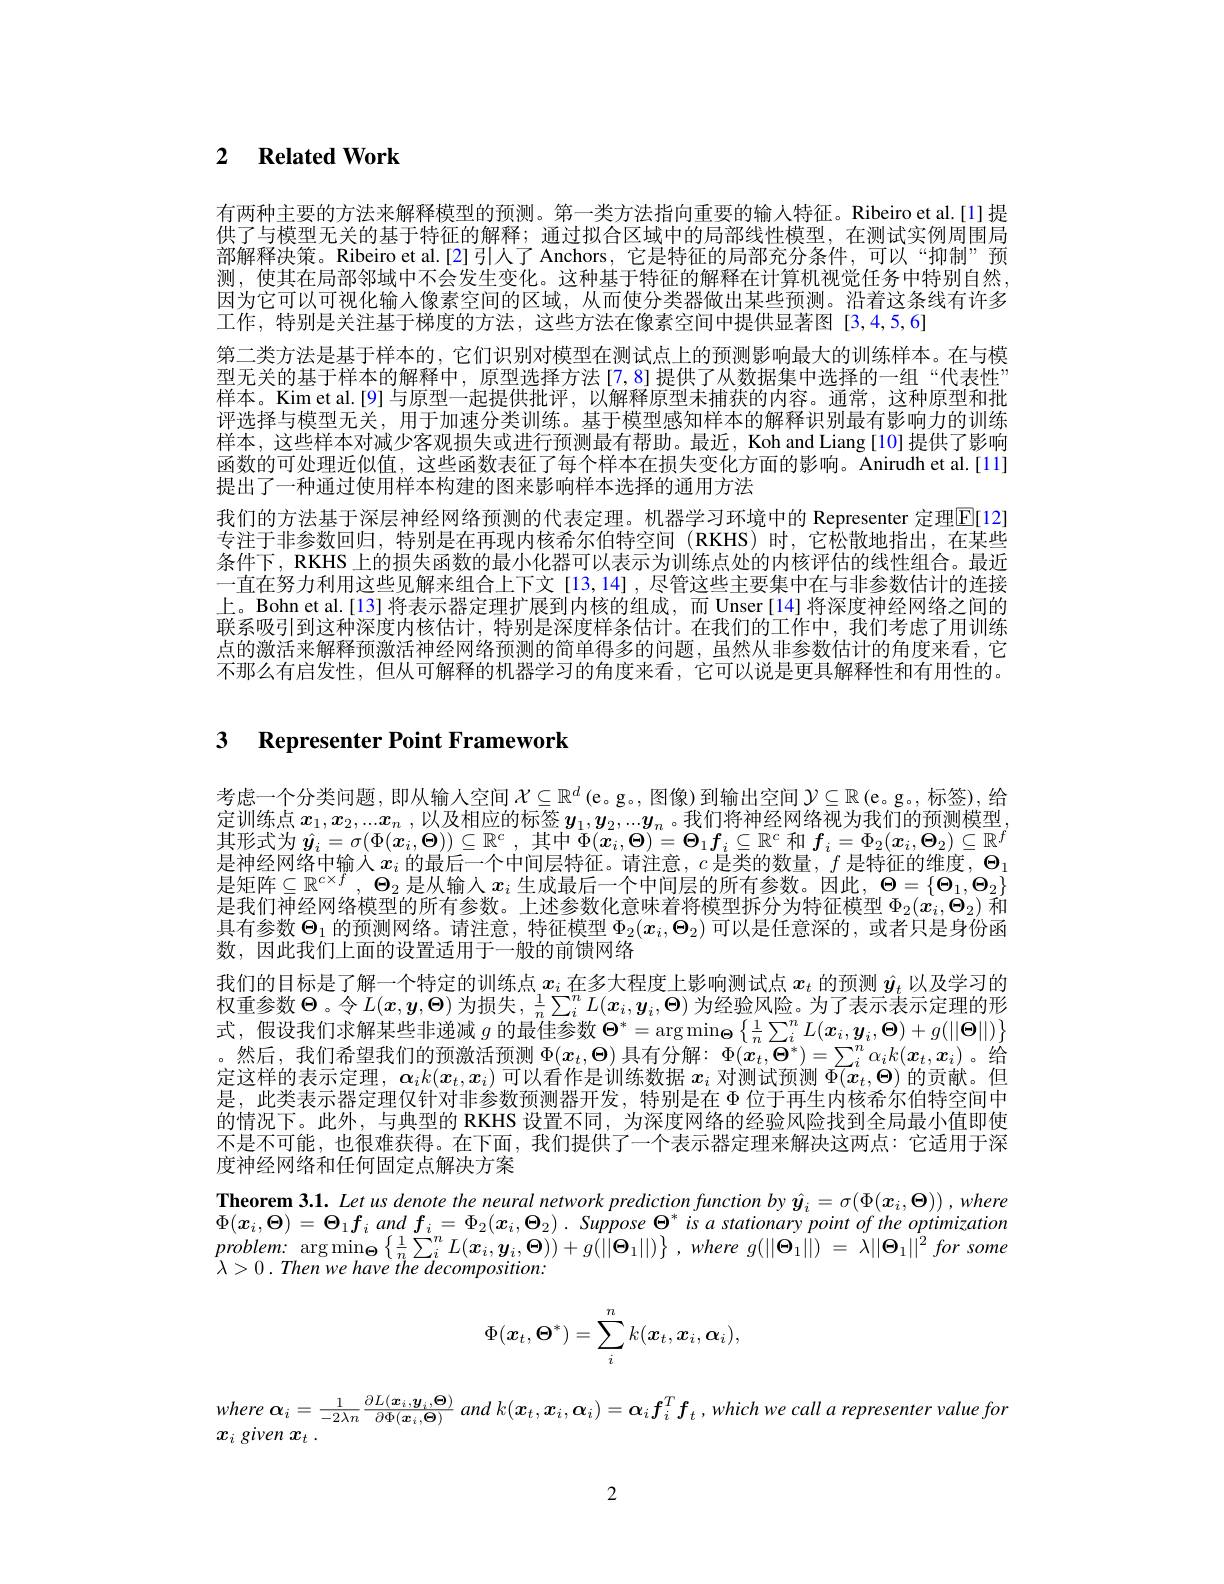
## 2 $\textbf{Related Work}$

有两种主要的方法来解释模型的预测。第一类方法指向重要的输人特征。Ribeiro et al.[1] 提供了与模型无关的基于特征的解释；通过拟合区域中的局部线性模型，在测试实例周围局部解释决策。Ribeiro et al.[2] 引人了 Anchors, 它是特征的局部充分条件，可以“抑制”预测，使其在局部邻域中不会发生变化。这种基于特征的解释在计算机视觉任务中特别自然， 因为它可以可视化输人像素空间的区域，从而使分类器做出某些预测。沿着这条线有许多工作，特别是关注基于梯度的方法，这些方法在像素空间中提供显著图[3,4,5,6]
第二类方法是基于样本的，它们识别对模型在测试点上的预测影响最大的训练样本。在与模型无关的基于样本的解释中，原型选择方法[7,8]提供了从数据集中选择的一组“代表性” 样本。Kim et al.[9] 与原型一起提供批评，以解释原型未捕获的内容。通常，这种原型和批评选择与模型无关，用于加速分类训练。基于模型感知样本的解释识别最有影响力的训练样本，这些样本对减少客观损失或进行预测最有帮助。最近，Koh and Liang [10]提供了影响函数的可处理近似值，这些函数表征了每个样本在损失变化方面的影响。Anirudh et al.[11] 提出了一种通过使用样本构建的图来影响样本选择的通用方法
我们的方法基于深层神经网络预测的代表定理。机器学习环境中的 Representer 定理$\boxed{\mathrm{E}}[12]$ 专注于非参数回归，特别是在再现内核希尔伯特空间(RKHS)时，它松散地指出，在某些条件下，RKHS 上的损失函数的最小化器可以表示为训练点处的内核评估的线性组合。最近一直在努力利用这些见解来组合上下文[13,14],尽管这些主要集中在与非参数估计的连接上。Bohn et al.[13] 将表示器定理扩展到内核的组成，而 Unser[14] 将深度神经网络之间的联系吸引到这种深度内核估计，特别是深度样条估计。在我们的工作中，我们考虑了用训练点的激活来解释预激活神经网络预测的简单得多的问题，虽然从非参数估计的角度来看，它不那么有启发性，但从可解释的机器学习的角度来看，它可以说是史具解释性和有用性的。

### 3 Representer Point Framework

考虑一个分类问题，即从输入空间$\mathcal{X} \subseteq \mathbb{R} ^d\left ( \mathrm{e} \text{。g。, 图 像 }\right )$到输出空间$\mathcal{Y} \subseteq \mathbb{R} \left ( \mathrm{e} \text{。g。}, \text{标 签 }\right ) $,给定 训 练 点 $x_1, x_2, . . . x_n$ , 以 及 相 应 的 标 签 $y_1, y_2, . . . y_n$ 。我 们 将 神 经 网 络 视 为 我 们 的 预 测 模 型 , 中 亚 中 心 $\hat{x} _1$, $\hat{x} _2, . . . x_n$ , 以 及 相 应 的 标 签 $y_1, \boldsymbol{y}_2, . . . y_n$ 。我 们 将 神 经 网 络 视 为 我 们 的 预 测 模 型 , $\hat{x} _1= \hat{x} _2$ $\hat{x} _2$ $\hat{x} _2$ $\hat{x} _2$ $\hat{x} _2$ $\hat{x} _2$ $\hat{x} _2$ $\hat{x} _2$ $\hat{x} _n$ $\hat{x} _2$ 其形式为$\hat{y}_i=\sigma(\Phi(x_i,\Theta))\subseteq\mathbb{R}^c$,其中$\Phi(x_i,\Theta)=\Theta_1f_i\subseteq\mathbb{R}^c$和$f_i=\Phi_2(x_i,\Theta_2)\subseteq\mathbb{R}^f$ 是神经网络中输入$x_i$的最后一个中间层特征。请注意，$c$是类的数量，$f$是特征的维度，$\Theta_1$ 是矩阵$\subseteq\mathbb{R}^{\mathrm{cx}f},\Theta_2$ 是从输入$x_i$ 生成最后一个中间层的所有参数。因此$,\Theta=\{\Theta_1,\Theta_2\}$ 是我们神经网络模型的所有参数。上述参数化意味着将模型拆分为特征模型$\Phi_2(x_i,\dot{\Theta}_2)$和具有参数$\Theta_1$的预测网络。请注意，特征模型$\Phi_2(x_i,\Theta_2)$可以是任意深的，或者只是身份函数，因此我们上面的设置适用于一般的前馈网络
我们的目标是了解一个特定的训练点$x_i$在多大程度上影响测试点$x_t$的预测$\hat{\boldsymbol{y}}_t$以及学习的权重参数$\Theta$。令$L(x,y,\boldsymbol{\Theta})$为损失$,\frac1n\sum_i^nL(\boldsymbol{x}_i,\boldsymbol{y}_i,\boldsymbol{\Theta})$为经验风险。为了表示表示定理的形式，假设我们求解某些非递减$g$的最佳参数$\Theta^*=\arg\min_{\boldsymbol{\Theta}}\left\{\frac1n\sum_i^nL(\boldsymbol{x}_i,\boldsymbol{y}_i,\boldsymbol{\Theta})+g(||\boldsymbol{\Theta}||)\right\}$ 。然后，我们希望我们的预激活预测$\Phi(x_t,\Theta)$具有分解：$\Phi(\boldsymbol{x}_t,\boldsymbol{\Theta}^*)=\sum_i^n\alpha_ik(\boldsymbol{x}_t,\boldsymbol{x}_i)$ 。给定这样的表示定理，$\boldsymbol{\alpha}_ik(x_t,\boldsymbol{x}_i)$可以看作是训练数据$x_i$对测试预测$\Phi(x_t,\boldsymbol{\Theta})$的贡献。但是，此类表示器定理仅针对非参数预测器开发，特别是在$\Phi$位于再生内核希尔伯特空间中的情况下。此外，与典型的 RKHS 设置不同，为深度网络的经验风险找到全局最小值即使不是不可能，也很难获得。在下面，我们提供了一个表示器定理来解决这两点：它适用于深度神经网络和任何固定点解决方案
Theorem 3.1. Let us denote the neural network prediction function by $\hat{y}_i=\sigma(\Phi(\boldsymbol{x}_i,\boldsymbol{\Theta})),where$ $\Phi(x_i,\Theta)=\Theta_1f_i$ and $f_i= \Phi _2( x_i, \Theta _2) . \textit{ Suppose }\Theta ^*$ is $a$ stationary point of the optimization $problem: \arg \min _{\Theta }\left \{ \frac 1n\sum _i^nL( \boldsymbol{x}_i, \boldsymbol{y}_i, \boldsymbol{\Theta }) \right ) + g( | | \boldsymbol{\Theta }_1| | ) \} , where$ $g( | | \boldsymbol{\Theta }_1| | )$ = $\lambda | | \boldsymbol{\Theta }_1| | ^2$ for some $\lambda>0.Thenwehavethedecomposition:$
$$\Phi(\boldsymbol x_t,\boldsymbol\Theta^*)=\sum_i^nk(\boldsymbol x_t,\boldsymbol x_i,\boldsymbol\alpha_i),$$
where $\alpha _i= \frac 1{- 2\lambda n}\frac {\partial L( \boldsymbol{x}_i, \boldsymbol{y}_i, \boldsymbol{\Theta }) }{\partial \Phi ( \boldsymbol{x}_i, \boldsymbol{\Theta }) }$ and $k( \boldsymbol{x}_t, \boldsymbol{x}_i, \boldsymbol{\alpha }_i) = \alpha _if_i^Tf_t$ , which $we$ call $a$ representer value for $x_i$ given $x_t$ .

2